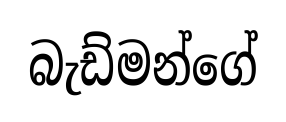
බැඩ්මන්ගේ